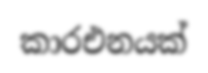
කාරඑනයක්